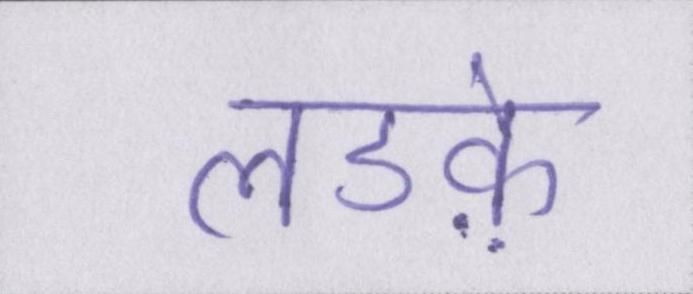
लडक़े